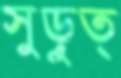
সুড়ুত্